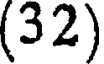
(32)